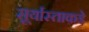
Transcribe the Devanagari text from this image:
सूर्यास्ताकडे